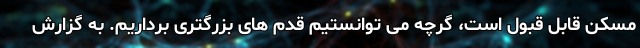
مسکن قابل قبول است، گرچه می توانستیم قدم های بزرگتری برداریم. به گزارش